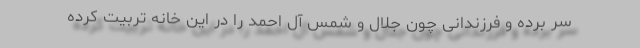
سر برده و فرزندانی چون جلال و شمس آل احمد را در این خانه تربیت کرده